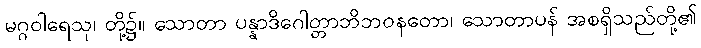
မဂ္ဂဝါရေသု၊ တို့၌။ သောတာ ပန္နာဒိဂေါတ္တာဘိဘဝနတော၊ သောတာပန် အစရှိသည်တို့၏